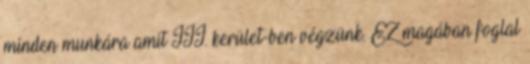
minden munkára amit III. kerület-ben végzünk. EZ magában foglal